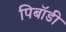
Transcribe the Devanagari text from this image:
पिबॉडी